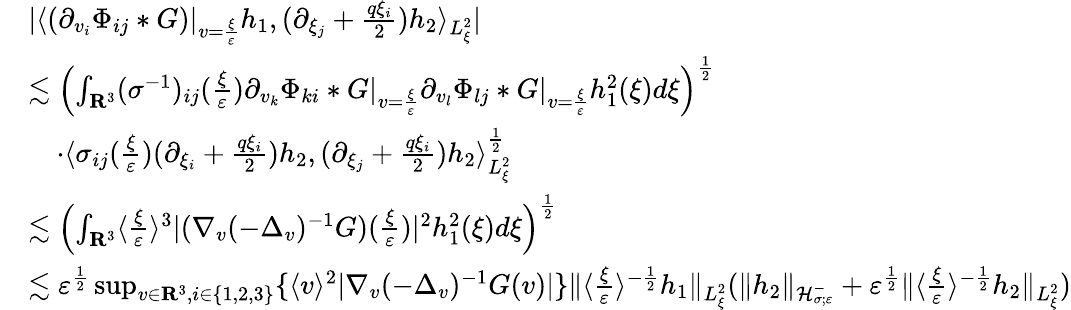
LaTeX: \begin{array}{rl}&{|\langle(\partial_{v_{i}}\Phi_{ij}*G)|_{v=\frac{\xi}{\varepsilon}}h_{1},(\partial_{\xi_{j}}+\frac{q\xi_{i}}{2})h_{2}\rangle_{L_{\xi}^{2}}|}\\ &{\lesssim\left(\int_{\mathbf R^{3}}(\sigma^{-1})_{ij}(\frac{\xi}{\varepsilon})\partial_{v_{k}}\Phi_{ki}*G|_{v=\frac{\xi}{\varepsilon}}\partial_{v_{l}}\Phi_{lj}*G|_{v=\frac{\xi}{\varepsilon}}h_{1}^{2}(\xi)d\xi\right)^{\frac{1}{2}}}\\ &{\quad\cdot\langle\sigma_{ij}(\frac{\xi}{\varepsilon})(\partial_{\xi_{i}}+\frac{q\xi_{i}}{2})h_{2},(\partial_{\xi_{j}}+\frac{q\xi_{i}}{2})h_{2}\rangle_{L_{\xi}^{2}}^{\frac{1}{2}}}\\ &{\lesssim\left(\int_{\mathbf R^{3}}\langle\frac{\xi}{\varepsilon}\rangle^{3}|(\nabla_{v}(-\Delta_{v})^{-1}G)(\frac{\xi}{\varepsilon})|^{2}h_{1}^{2}(\xi)d\xi\right)^{\frac{1}{2}}}\\ &{\lesssim\varepsilon^{\frac{1}{2}}\operatorname*{sup}_{v\in\mathbf R^{3},i\in\{ 1,2,3\} }\{ \langle v\rangle^{2}|\nabla_{v}(-\Delta_{v})^{-1}G(v)|\} \| \langle\frac{\xi}{\varepsilon}\rangle^{-\frac{1}{2}}h_{1}\| _{L_{\xi}^{2}}(\| h_{2}\| _{\mathcal H_{\sigma;\varepsilon}^{-}}+\varepsilon^{\frac{1}{2}}\| \langle\frac{\xi}{\varepsilon}\rangle^{-\frac{1}{2}}h_{2}\| _{L_{\xi}^{2}})}\end{array}